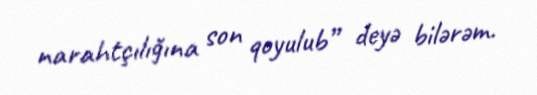
narahtçılığına son qoyulub” deyə bilərəm.